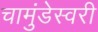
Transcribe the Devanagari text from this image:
चामुंडेस्वरी